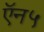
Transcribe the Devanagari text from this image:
ऍन५